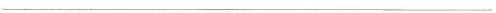
___